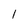
Character: 1